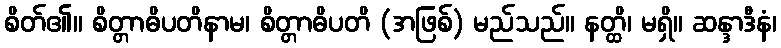
စိတ်၏။ စိတ္တာဓိပတိနာမ၊ စိတ္တာဓိပတိ (အဖြစ်) မည်သည်။ နတ္ထိ၊ မရှိ။ ဆန္ဒာဒီနံ၊